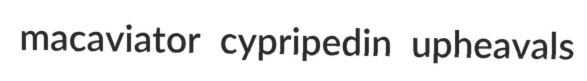
macaviator cypripedin upheavals